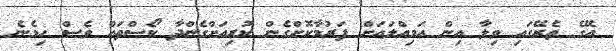
އޭގެ ތެރޭގައި ވިލާ އިން އަމިއްލައަށް ފަރުމާކޮށްގެން ކުރިއަށްގެންދާ ކޯސްތައް ވެސް ހިމެނެ